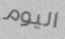
اليوم